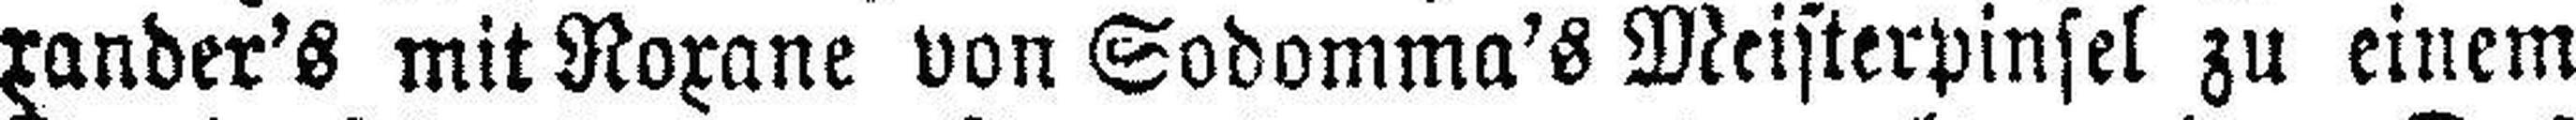
rander's mit Roxane von Sodomma's Meisterpinsel zu einem